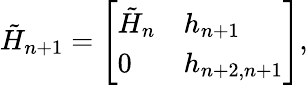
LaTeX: {\tilde{H}}_{n+1}={\left[\begin{array}{ll}{{\tilde{H}}_{n}}&{h_{n+1}}\\ {0}&{h_{n+2,n+1}}\end{array}\right]},